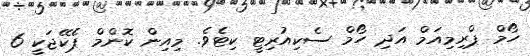
ހޯމް ޕްރިމިއަމް އަދި ހޯމް ސެކިއުރިޓީ ކިޓެވެ. މިއިން ކޮންމް ޕެކޭޖަކީ 6